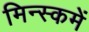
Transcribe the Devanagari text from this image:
मिन्स्कमें